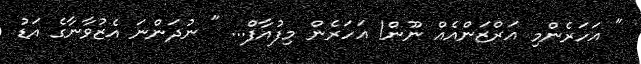
" އަހަރެންމި އަރްޒަންއެއް ނޫން! އަހަރެން މިފުއާފް... " ނުދަންނަ އެޒުވާނާގެ އަޑު